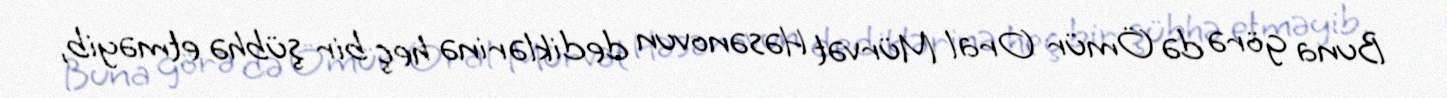
Buna görə də Ömür Oral Mürvət Həsənovun dediklərinə heç bir şübhə etməyib,